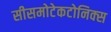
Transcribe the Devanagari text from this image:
सीसमोटेकटोनिक्‍स